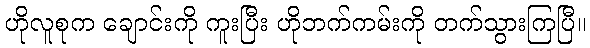
ဟိုလူစုက ချောင်းကို ကူးပြီး ဟိုဘက်ကမ်းကို တက်သွားကြပြီ။